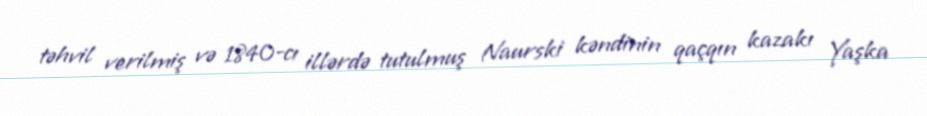
təhvil verilmiş və 1840-cı illərdə tutulmuş Naurski kəndinin qaçqın kazakı Yaşka